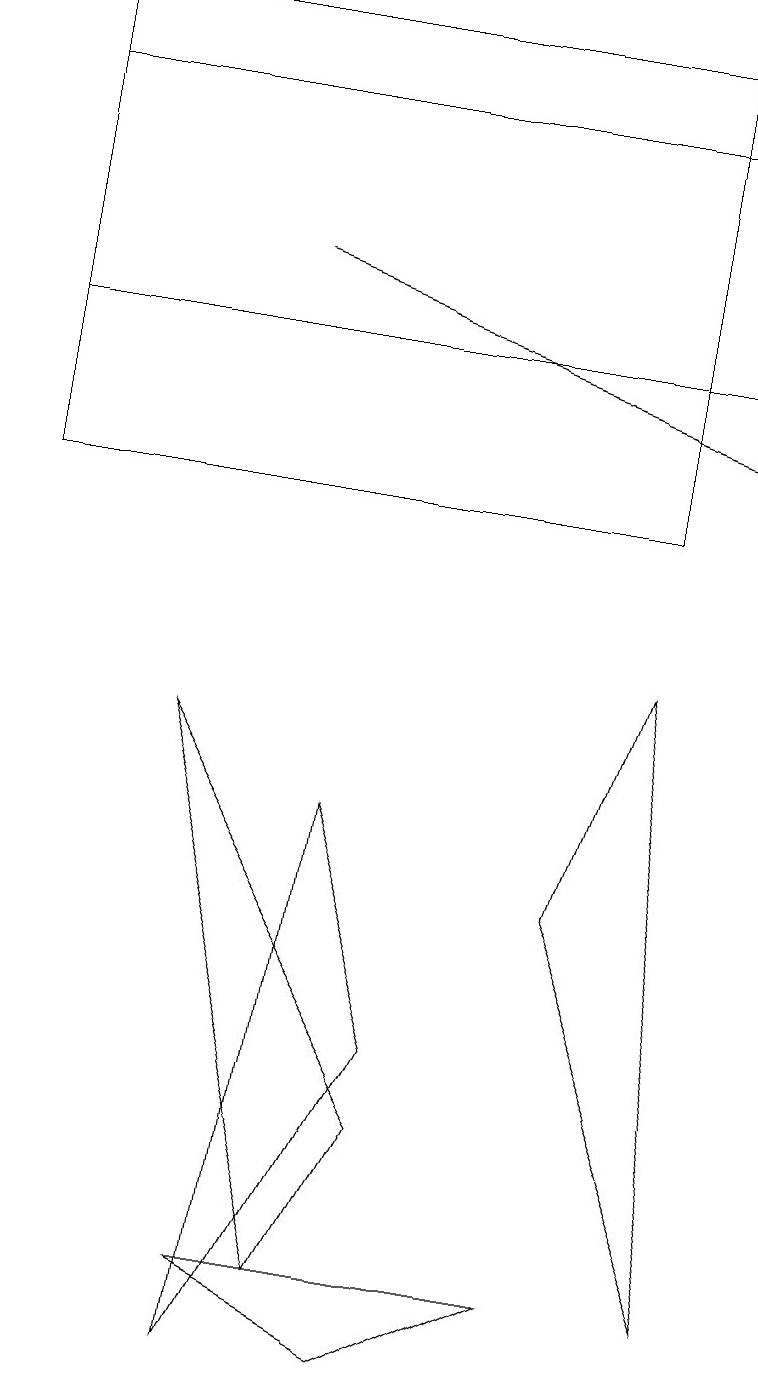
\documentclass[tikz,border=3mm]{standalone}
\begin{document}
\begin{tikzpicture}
\draw (0,13) rectangle (9,16);
\draw (3,1) -- (5,0) -- (7,1) -- cycle;
\draw (8,9) -- (7,6) -- (9,1) -- cycle;
\draw[->] (3,14) -- (9,12);
\draw (4,1) -- (5,3) -- (2,8) -- cycle;
\draw (5,4) -- (4,7) -- (3,0) -- cycle;
\draw (0,11) rectangle (8,17);
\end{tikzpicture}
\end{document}